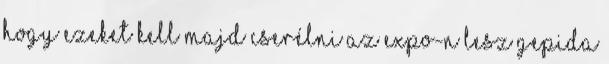
hogy ezeket kell majd cserélni az expo-n lesz gepida